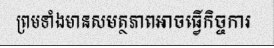
ព្រមទាំងមានសមត្ថភាពអាចធ្វើកិច្ចការ